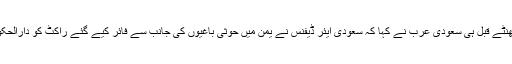
صدر ٹرمپ کی ریاض آمد سے چند گھنٹے قبل ہی سعودی عرب نے کہا کہ سعودی ایئر ڈیفنس نے یمن میں حوثی باغیوں کی جانب سے فائر کیے گئے راکٹ کو دارالحکومت ریاض کے جنوب میں مار گرایا۔